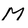
Character: M